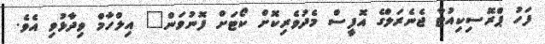
ފަހު ޕްރޮސިކިއުޓާ ޖެނެރަލްގެ އޮފީސް މެދުވެރިކޮށް ކޯޓަށް ފޮނުވަން" އިލްހާމް ވިދާޅުވި އެވެ.